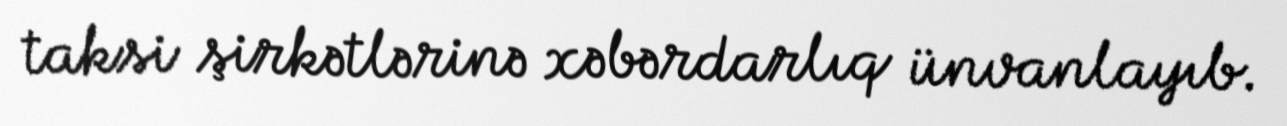
taksi şirkətlərinə xəbərdarlıq ünvanlayıb.